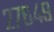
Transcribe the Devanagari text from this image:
२७६४९